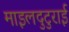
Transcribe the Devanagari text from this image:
माइलदुटुराई